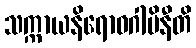
သက္ကာယနိရောဓဂါမိနီတိ